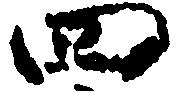
四